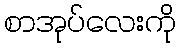
စာအုပ်လေးကို